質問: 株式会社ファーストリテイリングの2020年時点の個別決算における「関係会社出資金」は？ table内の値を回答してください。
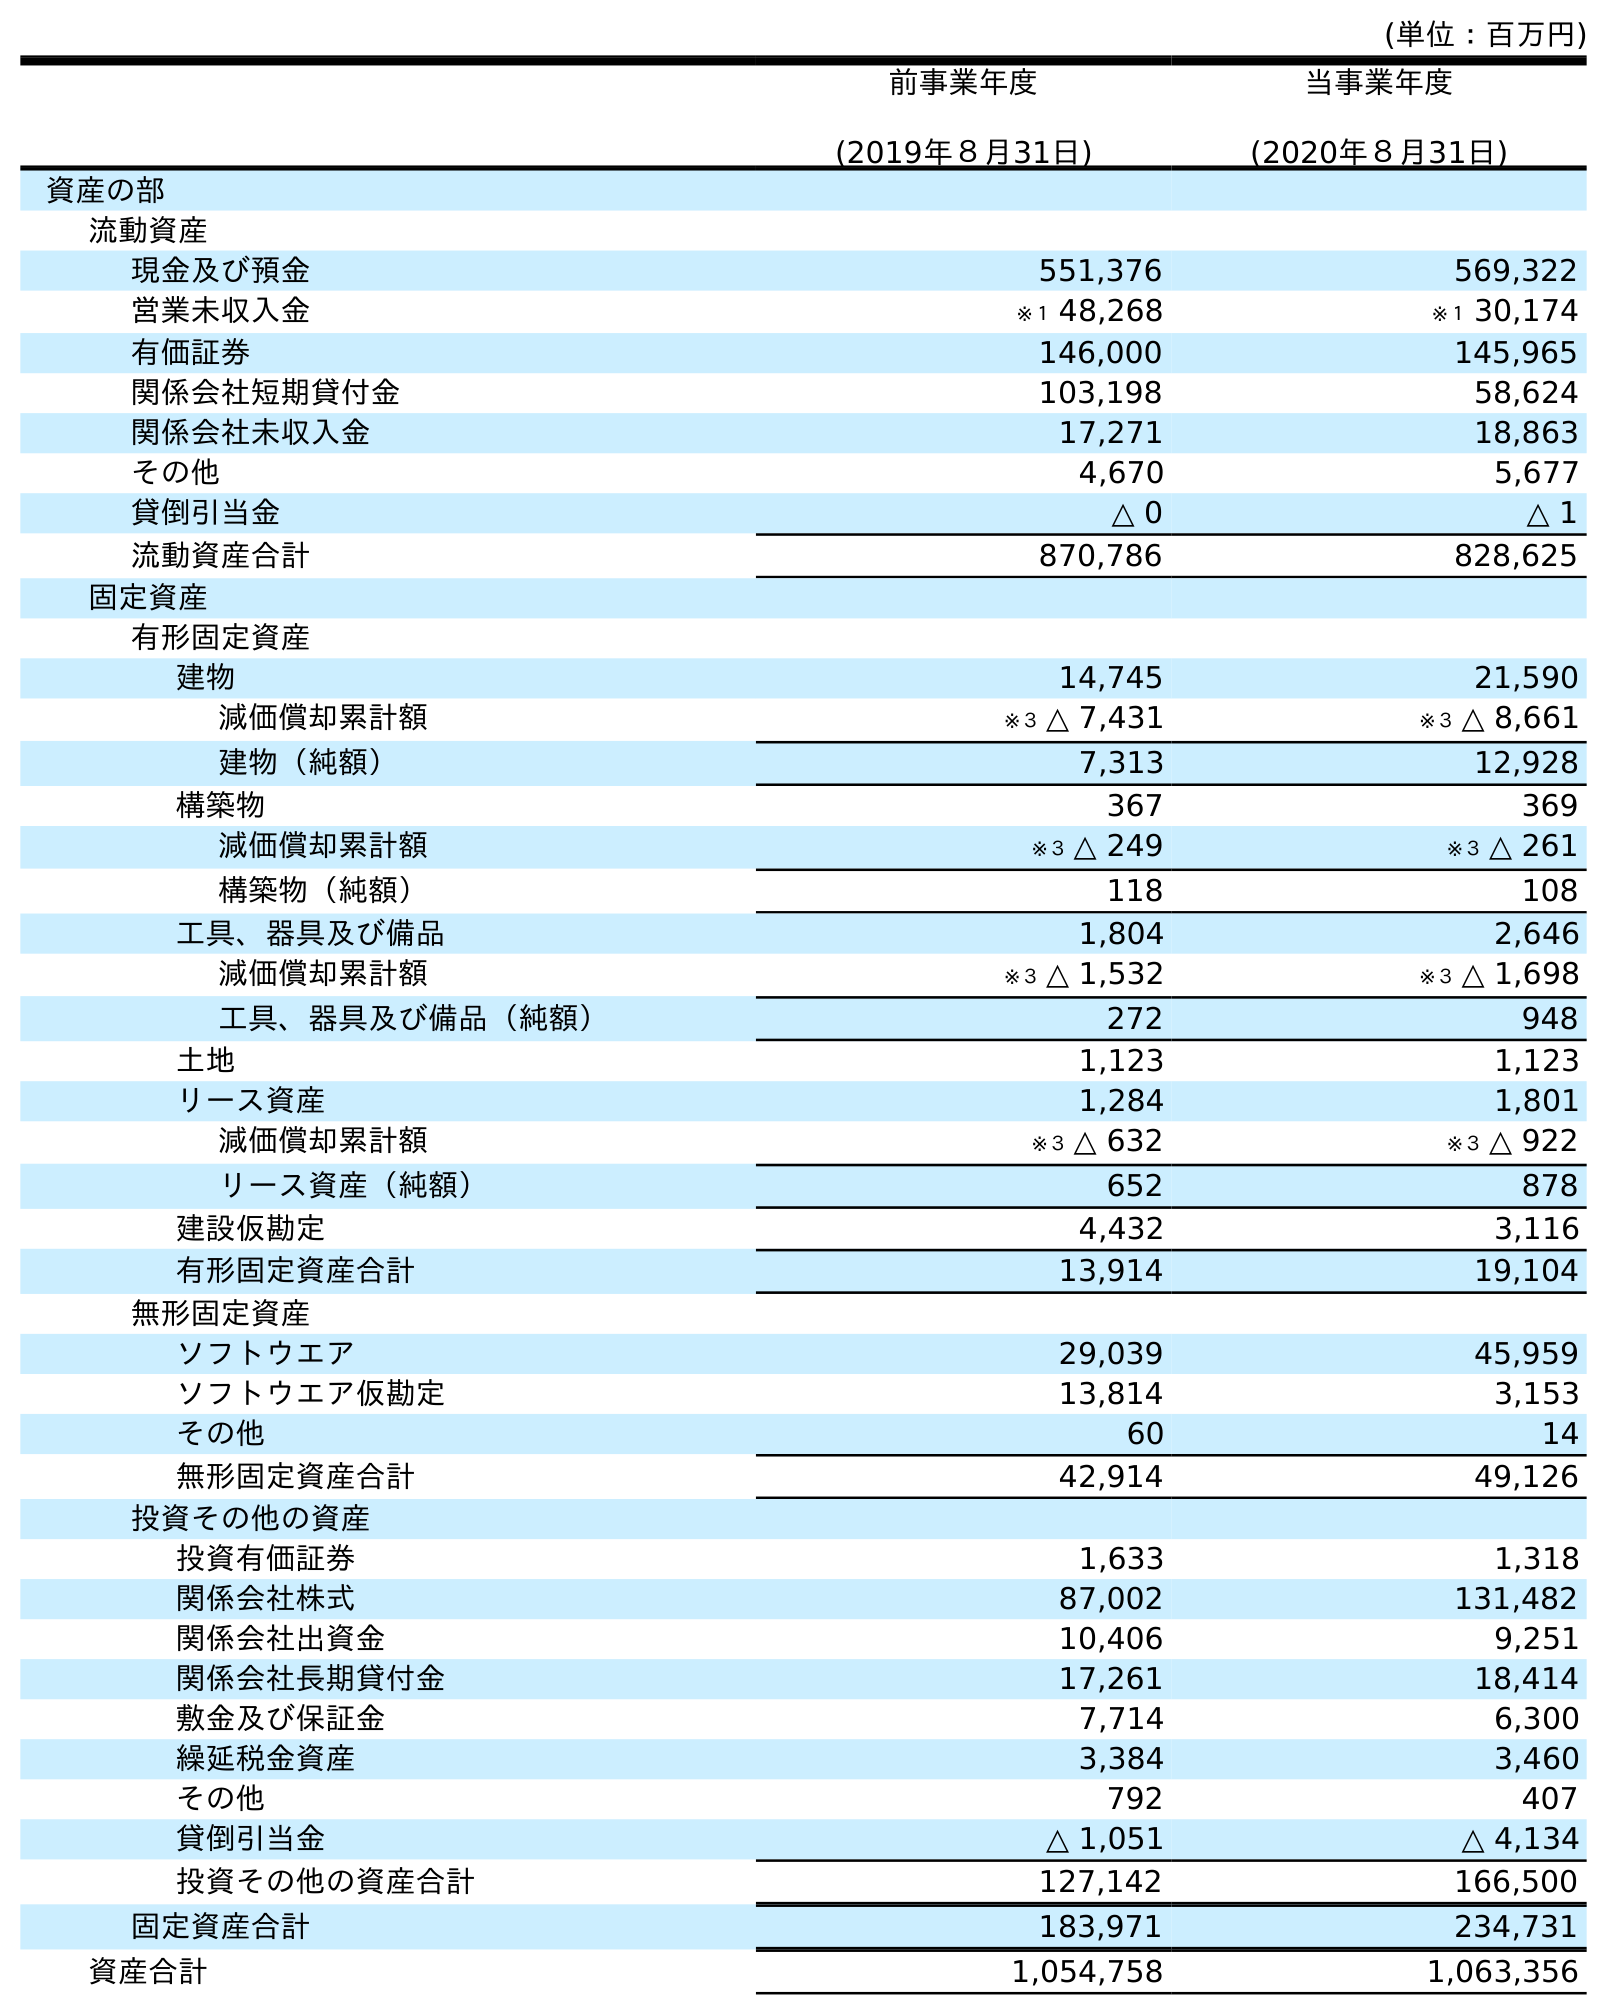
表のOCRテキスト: (単位：百万円) 前事業年度 (2019年８月31日) 当事業年度 (2020年８月31日) 資産の部 流動資産 現金及び預金 551,376 569,322 営業未収入金 ※１ 48,268 ※１ 30,174 有価証券 146,000 145,965 関係会社短期貸付金 103,198 58,624 関係会社未収入金 17,271 18,863 その他 4,670 5,677 貸倒引当金 △ 0 △ 1 流動資産合計 870,786 828,625 固定資産 有形固定資産 建物 14,745 21,590 減価償却累計額 ※３ △ 7,431 ※３ △ 8,661 建物（純額） 7,313 12,928 構築物 367 369 減価償却累計額 ※３ △ 249 ※３ △ 261 構築物（純額） 118 108 工具、器具及び備品 1,804 2,646 減価償却累計額 ※３ △ 1,532 ※３ △ 1,698 工具、器具及び備品（純額） 272 948 土地 1,123 1,123 リース資産 1,284 1,801 減価償却累計額 ※３ △ 632 ※３ △ 922 リース資産（純額） 652 878 建設仮勘定 4,432 3,116 有形固定資産合計 13,914 19,104 無形固定資産 ソフトウエア 29,039 45,959 ソフトウエア仮勘定 13,814 3,153 その他 60 14 無形固定資産合計 42,914 49,126 投資その他の資産 投資有価証券 1,633 1,318 関係会社株式 87,002 131,482 関係会社出資金 10,406 9,251 関係会社長期貸付金 17,261 18,414 敷金及び保証金 7,714 6,300 繰延税金資産 3,384 3,460 その他 792 407 貸倒引当金 △ 1,051 △ 4,134 投資その他の資産合計 127,142 166,500 固定資産合計 183,971 234,731 資産合計 1,054,758 1,063,356
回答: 9,251